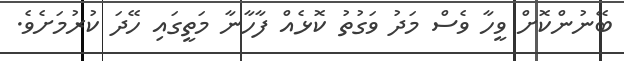
ބޭނުންކޮށް ވީހާ ވެސް މަދު ވަގުތު ކޮޅެއް ފާހާނާ މަތީގައި ހޭދަ ކުރުމަށެވެ.